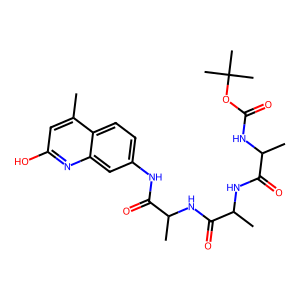
SMILES: Cc1cc(O)nc2cc(NC(=O)C(C)NC(=O)C(C)NC(=O)C(C)NC(=O)OC(C)(C)C)ccc12
Inhibits HIV replication: No